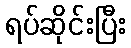
ရပ်ဆိုင်းပြီး